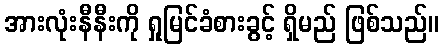
အားလုံးနီနီးကို ရှုမြင်ခံစားခွင့် ရှိမည် ဖြစ်သည်။